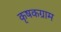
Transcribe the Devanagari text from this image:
कृषकग्राम